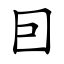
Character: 囙